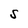
Character: S